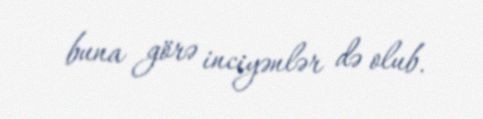
buna görə inciyənlər də olub.